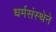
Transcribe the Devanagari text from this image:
धर्मसंस्थेने